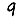
Digit: 9